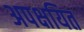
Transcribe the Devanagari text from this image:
अपक्षयित